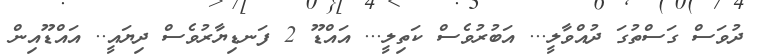
ދުވަސް ގަސްތުގަ ދުއްވާލީ... އަބުރުވެސް ކަތިލީ... އައްޑޫ 2 ފަނޑިޔާރުވެސް ދިޔައީ.. އައްޑޫއިން